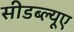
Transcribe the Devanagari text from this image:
सीडब्ल्यूए